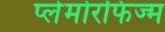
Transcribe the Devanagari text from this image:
प्लेमोरफिज्म